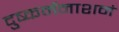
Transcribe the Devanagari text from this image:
दुष्कर्मनाशनं